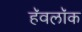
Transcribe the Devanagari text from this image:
हॅवलॉक